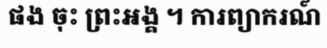
ផង ចុះ ព្រះអង្គ ។ ការព្យាករណ៍